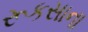
રૂકસાના